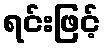
ရင်းဖြင့်